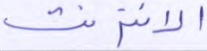
الانترنت